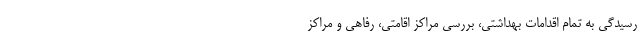
رسیدگی به تمام اقدامات بهداشتی، بررسی مراکز اقامتی، رفاهی و مراکز